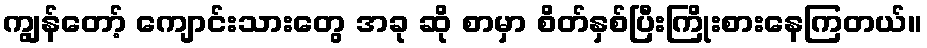
ကျွန်တော့် ကျောင်းသားတွေ အခု ဆို စာမှာ စိတ်နှစ်ပြီးကြိုးစားနေကြတယ်။